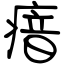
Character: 瘖